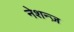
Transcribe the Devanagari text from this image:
नेशन्ज़